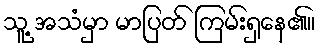
သူ့ အသံမှာ မာပြတ် ကြမ်းရှနေ၏။